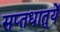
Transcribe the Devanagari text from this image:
सप्‍तधातुयें